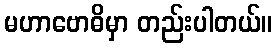
မဟာဗောဓိမှာ တည်းပါတယ်။